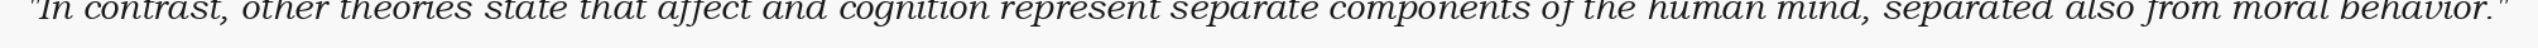
"In contrast, other theories state that affect and cognition represent separate components of the human mind, separated also from moral behavior."